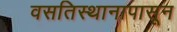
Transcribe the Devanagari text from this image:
वसतिस्थानापासून